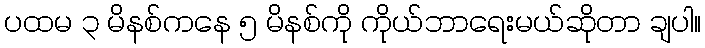
ပထမ ၃ မိနစ်ကနေ ၅ မိနစ်ကို ကိုယ်ဘာရေးမယ်ဆိုတာ ချပါ။